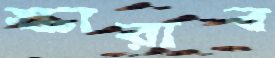
স্কারাব